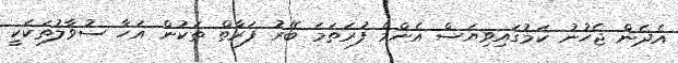
އެދެން ޖެހުނު ކަމުގައިވިޔަސް އެންމެ ފުރަތަމަ ބޭރު ފަރާތް ތަކުން އަހާ ސުވާލުތަކަކީ